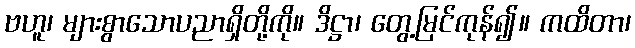
ဗဟူ၊ များစွာသောပညာရှိတို့ကို။ ဒိဋ္ဌာ၊ တွေ့မြင်ကုန်၍။ ကထိတာ၊